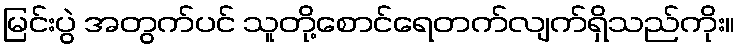
မြင်းပွဲ အတွက်ပင် သူတို့စောင်ရေတက်လျက်ရှိသည်ကိုး။